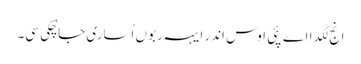
اِنج لگدا اے پئی اوس اندر ایہہ ربوں اُساری جا چُکی سی۔